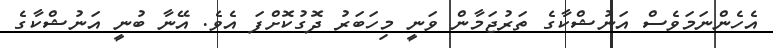
އެހެންނަމަވެސް އަނުޝްކާގެ ތަރުޖަމާން ވަނީ މިހަބަރު ދޮގުކޮށްފަ އެވެ. އޭނާ ބުނީ އަނުޝްކާގެ